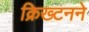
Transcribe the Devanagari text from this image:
क्रिख्टनने